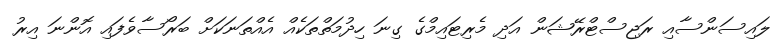
ލައިސަންސާއި ރަޖިސްޓްރޭޝަން އަދި މެރިޓައިމްގެ ގިނަ ހިދުމަތްތަކެއް އެއްތަނަކަށް ބަރޯސާވެފައި އޮންނަ އިރު